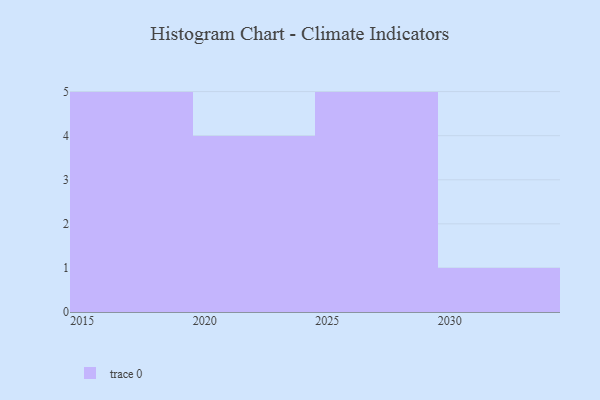
{"axis": {"x": "Year", "y": "Demand Index"}, "legend": [""], "data": [{"x": "2021", "y": 83, "type": ""}, {"x": "2029", "y": 12, "type": ""}, {"x": "2019", "y": 47, "type": ""}, {"x": "2030", "y": 91, "type": ""}, {"x": "2015", "y": 35, "type": ""}, {"x": "2028", "y": 16, "type": ""}, {"x": "2024", "y": 30, "type": ""}, {"x": "2018", "y": 50, "type": ""}, {"x": "2023", "y": 25, "type": ""}, {"x": "2017", "y": 40, "type": ""}, {"x": "2027", "y": 7, "type": ""}, {"x": "2025", "y": 7, "type": ""}, {"x": "2016", "y": 39, "type": ""}, {"x": "2020", "y": 50, "type": ""}, {"x": "2026", "y": 83, "type": ""}]}